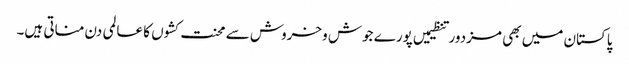
پاکستان میں بھی مزدور تنظیمیں پورے جوش وخروش سے محنت کشوں کا عالمی دن مناتی ہیں۔